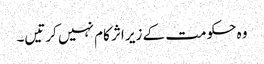
وہ حکومت کے زیر اثر کام نہیں کرتیں۔